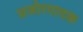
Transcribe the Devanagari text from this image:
प्रजोत्पादक